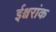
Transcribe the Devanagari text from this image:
ईश्वरांक